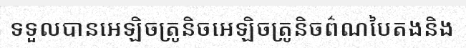
ទទួលបានអេឡិចត្រូនិចអេឡិចត្រូនិចព៌ណបៃតងនិង